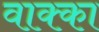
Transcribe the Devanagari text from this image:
वाक्का